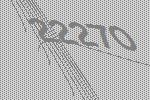
22270